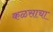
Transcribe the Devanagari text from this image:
कळसाचा